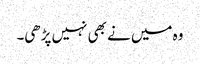
وہ میں نے بھی نہیں پڑھی۔